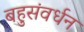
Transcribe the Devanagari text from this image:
बहुसंवर्धन